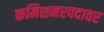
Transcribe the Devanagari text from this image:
कमिशनरपदावर